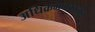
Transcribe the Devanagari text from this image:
अधिक्रमणकाळात